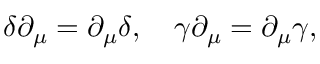
\delta \partial _ { \mu } = \partial _ { \mu } \delta , \quad \gamma \partial _ { \mu } = \partial _ { \mu } \gamma ,